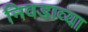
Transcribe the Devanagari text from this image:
निवडाव्या